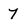
Character: 7